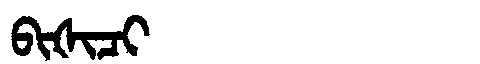
Manchu: ᠪᡳᡧᡳᠴᡳ
Romanization: BIŠICI